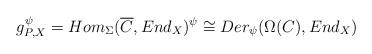
LaTeX: \begin{align*}g_{P,X}^{\psi} = Hom_{\Sigma}(\overline{C},End_X)^{\psi} \cong Der_{\psi}(\Omega(C),End_X)\end{align*}